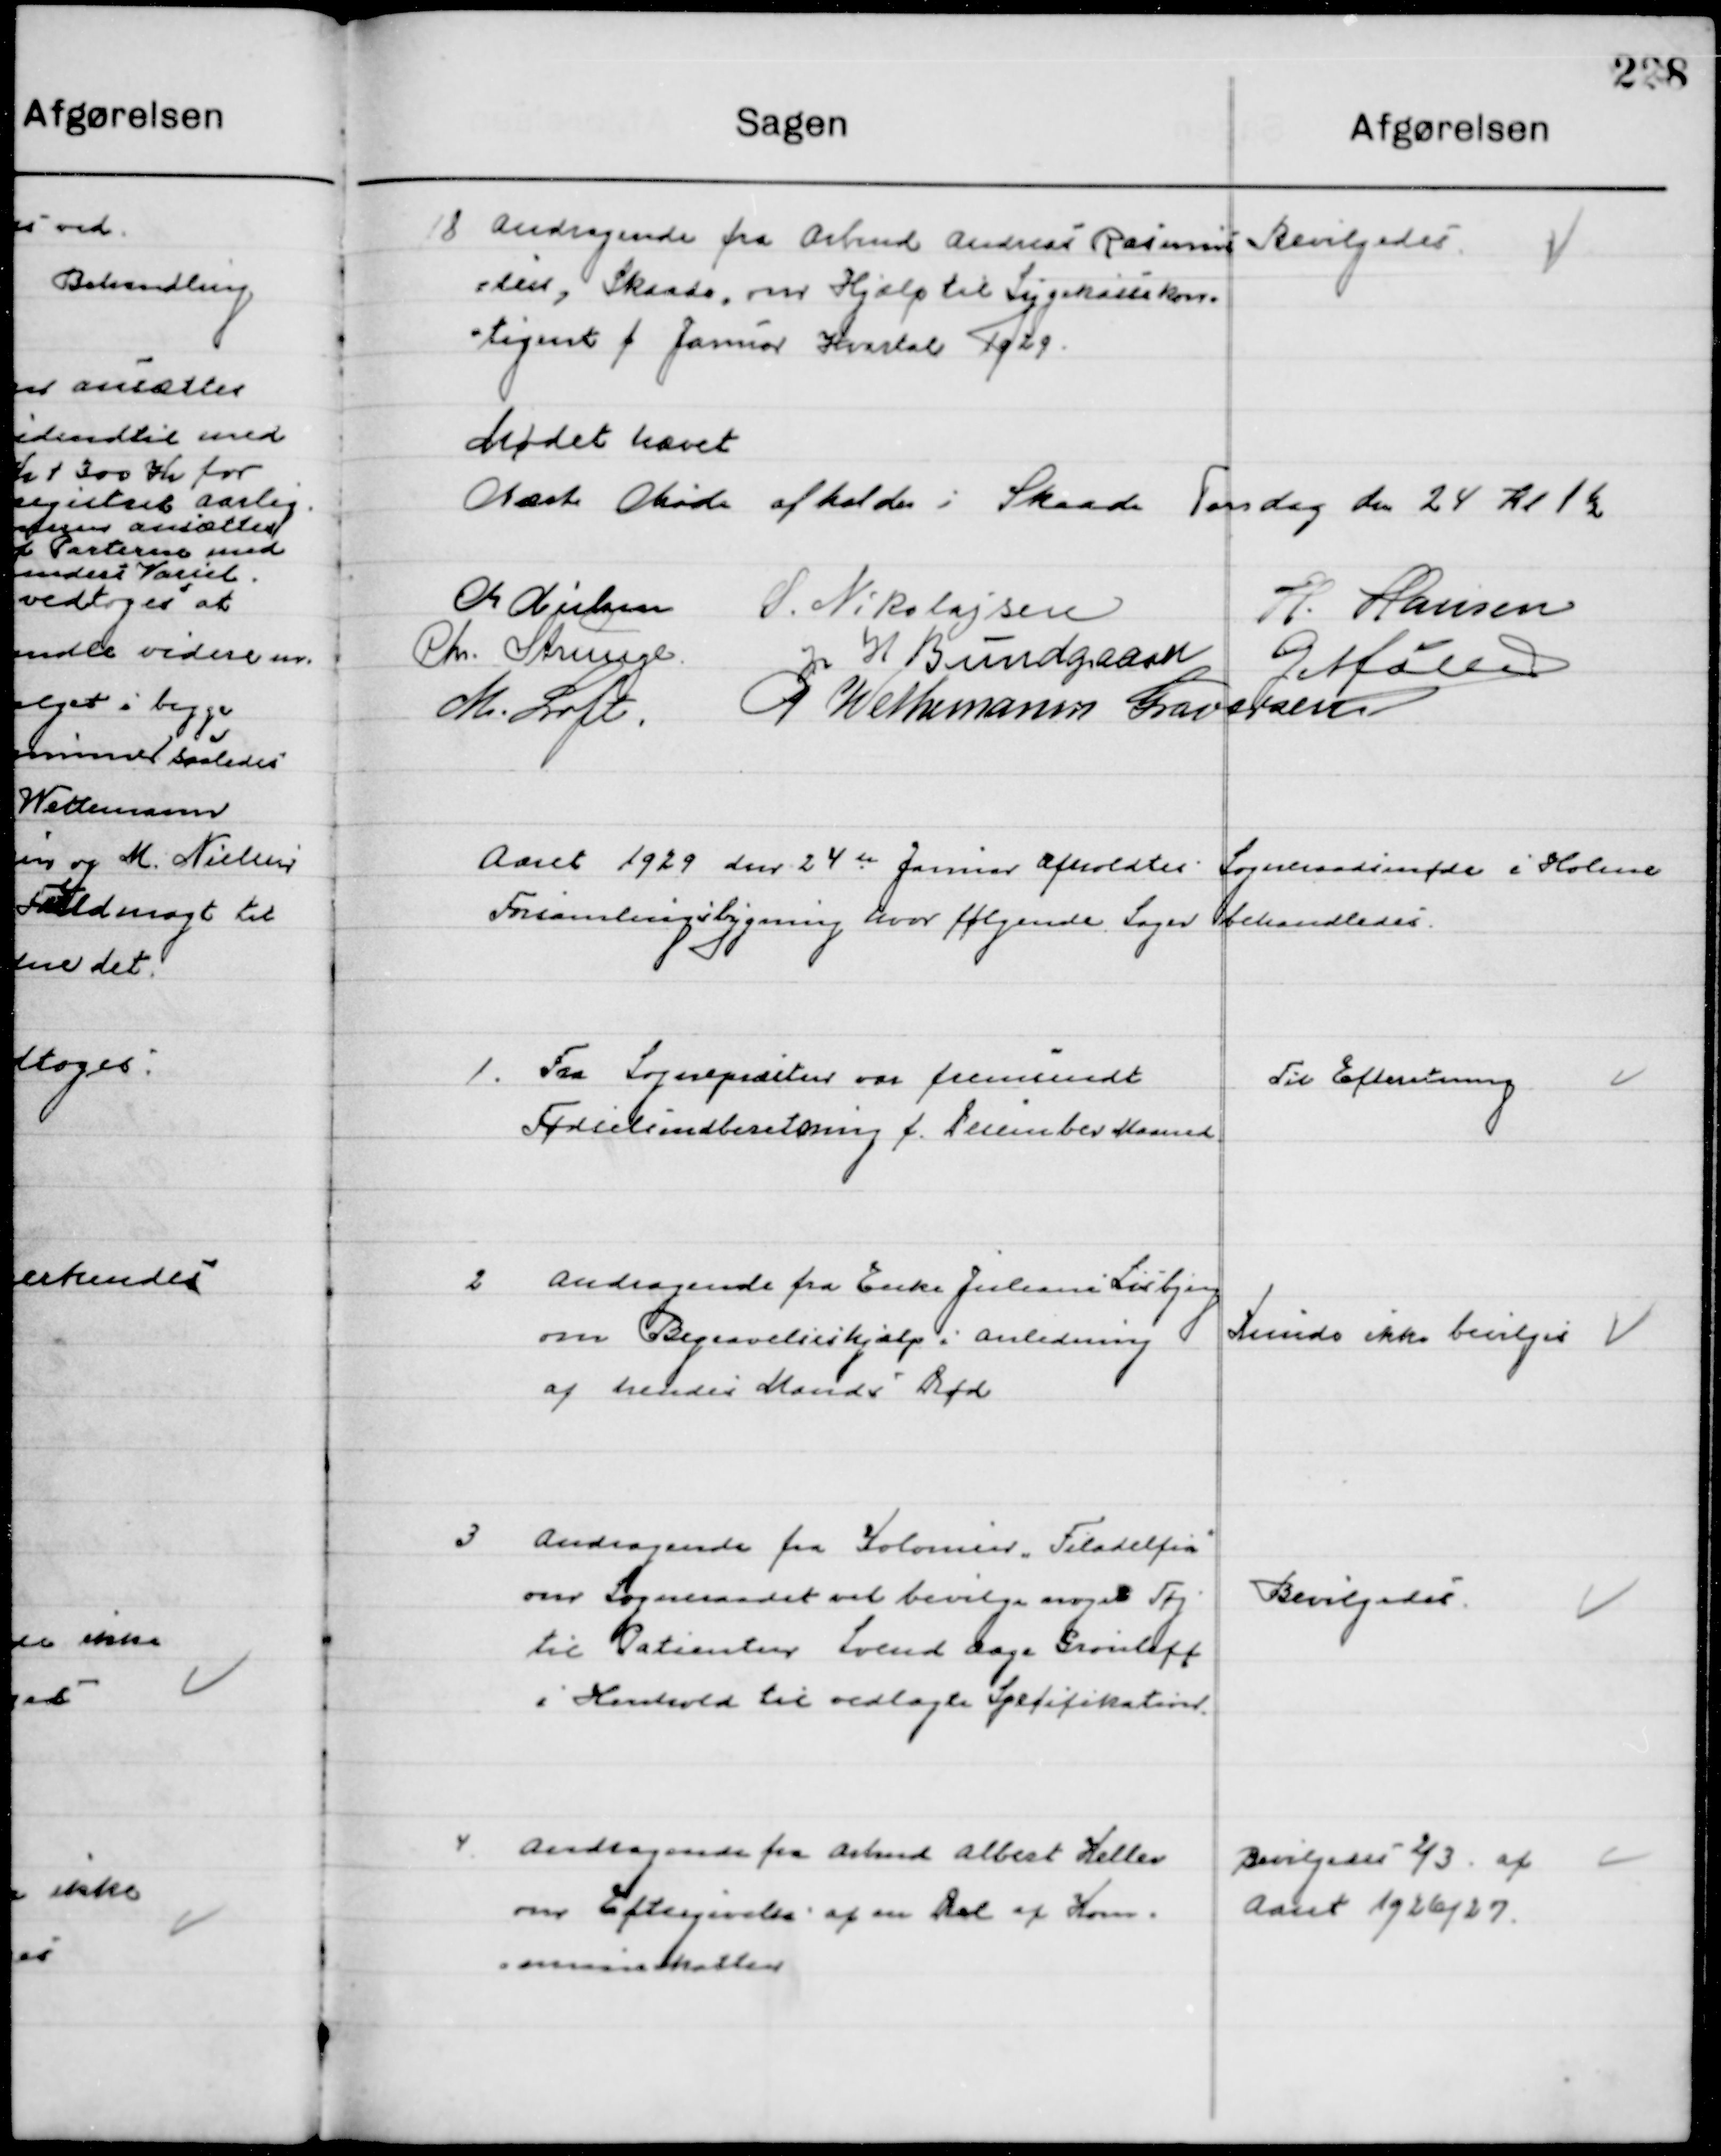
Transskription:
18

Andragende fra Arbmd. Andreas Rasmus-
sen, Skaade, om Hjælp til Sygekassekon-
tingent f. Januar Kvartal 1929

Bevilgedes

Mødet hævet
Næste Møde afholdes i skaade Torsdag den 24. Kl. 15

M. Nielsen
S. N. Nikolajsen
H. Hansen
Chr. Strunge
J. W. Bundgaard
G. Møller
M. Loft
P. Wethemann Graversen

Aaret 1929 den 24de Januar afholdt Sogneraadsmøde i Holme
Forsamlingsbygning hvor følgende Sager behandledes.

1

Fra Sognepræst var fremsendt
Fødselsindberetning f. December Maaned.

Til Efterretning

2

Andragende fra Enke Juliane Lisbjerg
om Begravelseshjælp i Anledning
af hendes Mands Død.

Kunde ikke bevilges

3

Andragende fra Kolonien Tilladelse
om Sogneraadet vil bevilge noget Tøj
til Patienten Svend Aage Grønloff
i Henhold til vedlagte Specifikation

Bevilgedes

4

Andragende fra Arbmd. Albert Heller
om Eftergivelse af en del af Kom-
muneskatten

Bevilgedes 2/3 af 
Aaret 1926/27